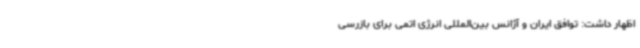
اظهار داشت: توافق ایران و آژانس بین‌المللی انرژی اتمی برای بازرسی